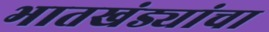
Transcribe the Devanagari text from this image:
भातखंड्यांचा